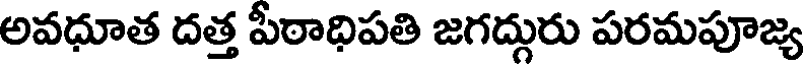
అవధూత దత్త పీఠాధిపతి జగద్గురు పరమపూజ్య